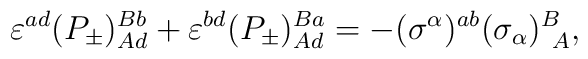
\varepsilon^{ad} (P_\pm)^{B b}_{A d} +\varepsilon^{bd} (P_\pm)^{B a}_{A d} =-(\sigma^\alpha)^{ab} (\sigma_\alpha)^B_{~A},\\